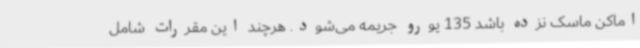
اماکن ماسک نزده باشد 135 یورو جریمه می‌شود. هرچند این مقررات شامل